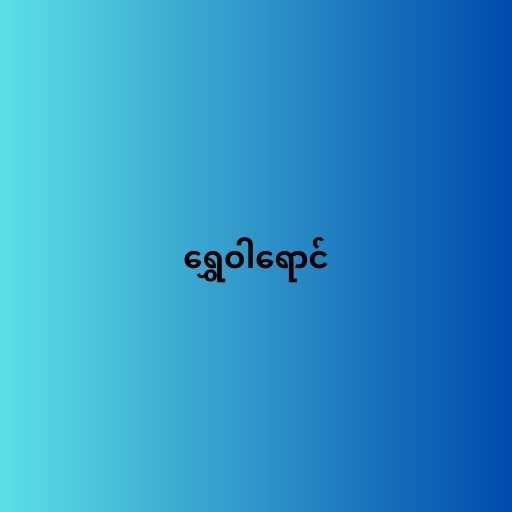
ရွှေဝါရောင်